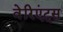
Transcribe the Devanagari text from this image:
वेरिएंट्स